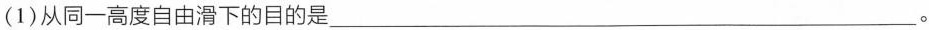
(1) 从同一高度自由滑下的目的是___。